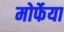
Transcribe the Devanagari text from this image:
मोर्फेया